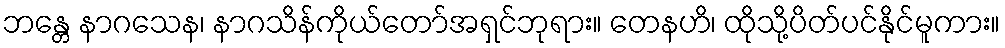
ဘန္တေ နာဂသေန၊ နာဂသိန်ကိုယ်တော်အရှင်ဘုရား။ တေနဟိ၊ ထိုသို့ပိတ်ပင်နိုင်မူကား။